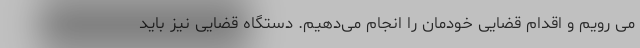
می رویم و اقدام قضایی خودمان را انجام می‌دهیم. دستگاه قضایی نیز باید